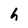
Character: h